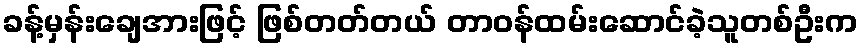
ခန့်မှန်းချေအားဖြင့် ဖြစ်တတ်တယ် တာဝန်ထမ်းဆောင်ခဲ့သူတစ်ဦးက